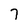
Character: 7